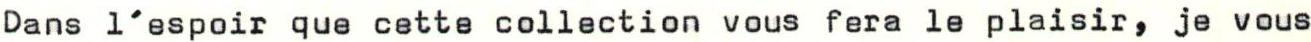
Dans l'espoir que cette collection vous fera le plaisir, je vous